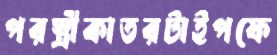
পরস্ত্রীকাতরটাইপফে